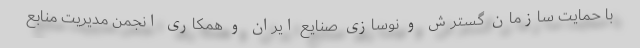
با حمایت سازمان گسترش و نوسازی صنایع ایران و همکاری انجمن مدیریت منابع